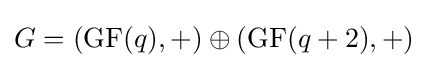
G=({\rm {GF}}(q),+)\oplus ({\rm {GF}}(q+2),+)